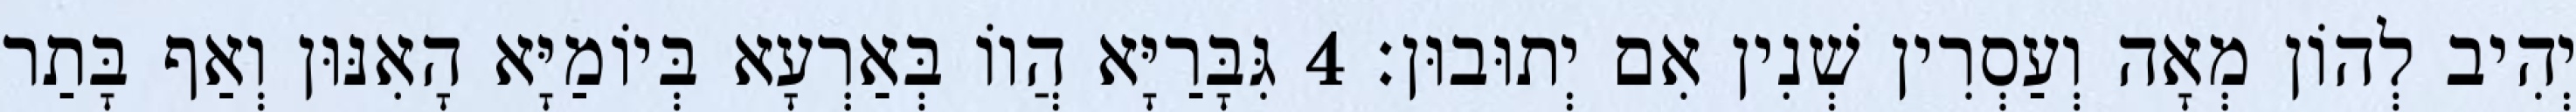
יְהִיב לְהוֹן מְאָה וְעַסְרִין שְׁנִין אִם יְתוּבוּן׃ 4 גִּבָּרַיָּא הֲווֹ בְּאַרְעָא בְּיוֹמַיָּא הָאִנּוּן וְאַף בָּתַר